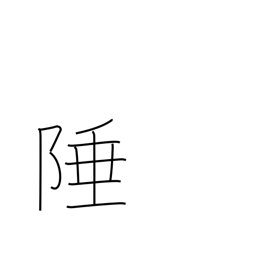
Meaning: boundary